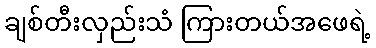
ချစ်တီးလှည်းသံ ကြားတယ်အဖေရဲ့